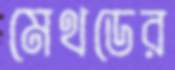
মেথডের